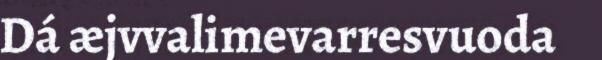
Dá æjvvalimevarresvuoda